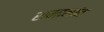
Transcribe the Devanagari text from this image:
समानांत